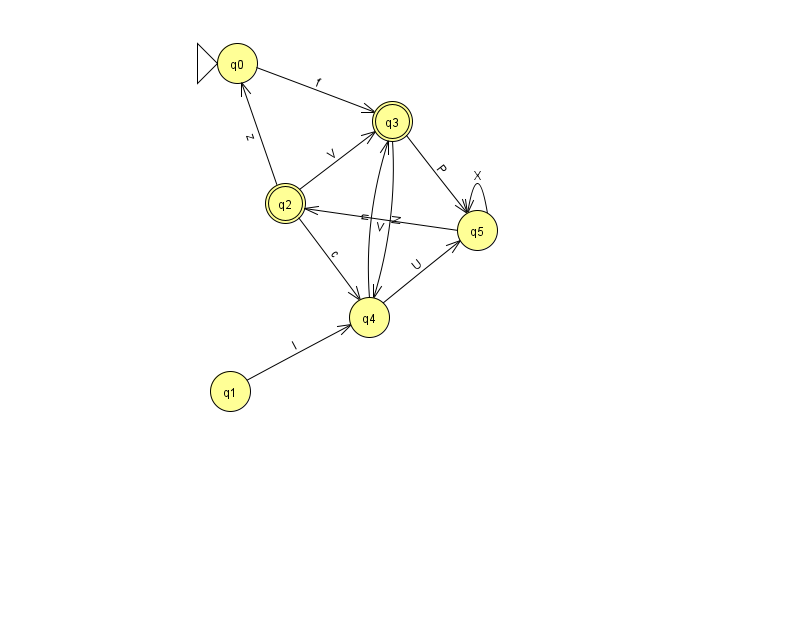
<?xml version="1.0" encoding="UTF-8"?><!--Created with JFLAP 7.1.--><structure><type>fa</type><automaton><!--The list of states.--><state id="0" name="q0"><x>237.0</x><y>50.0</y><initial/></state><state id="1" name="q1"><x>230.0</x><y>378.0</y></state><state id="2" name="q2"><x>285.0</x><y>190.0</y><final/></state><state id="3" name="q3"><x>392.0</x><y>108.0</y><final/></state><state id="4" name="q4"><x>369.0</x><y>304.0</y></state><state id="5" name="q5"><x>477.0</x><y>217.0</y></state><!--The list of transitions.--><transition><from>2</from><to>4</to><read>c</read></transition><transition><from>3</from><to>4</to><read>N</read></transition><transition><from>4</from><to>3</to><read>n</read></transition><transition><from>5</from><to>2</to><read>V</read></transition><transition><from>1</from><to>4</to><read>I</read></transition><transition><from>4</from><to>5</to><read>U</read></transition><transition><from>5</from><to>5</to><read>X</read></transition><transition><from>2</from><to>3</to><read>V</read></transition><transition><from>0</from><to>3</to><read>f</read></transition><transition><from>2</from><to>0</to><read>z</read></transition><transition><from>3</from><to>5</to><read>P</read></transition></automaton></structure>